Memorandum on the prevention of leprosy by segregation of the affected
Disease focus: Leprosy
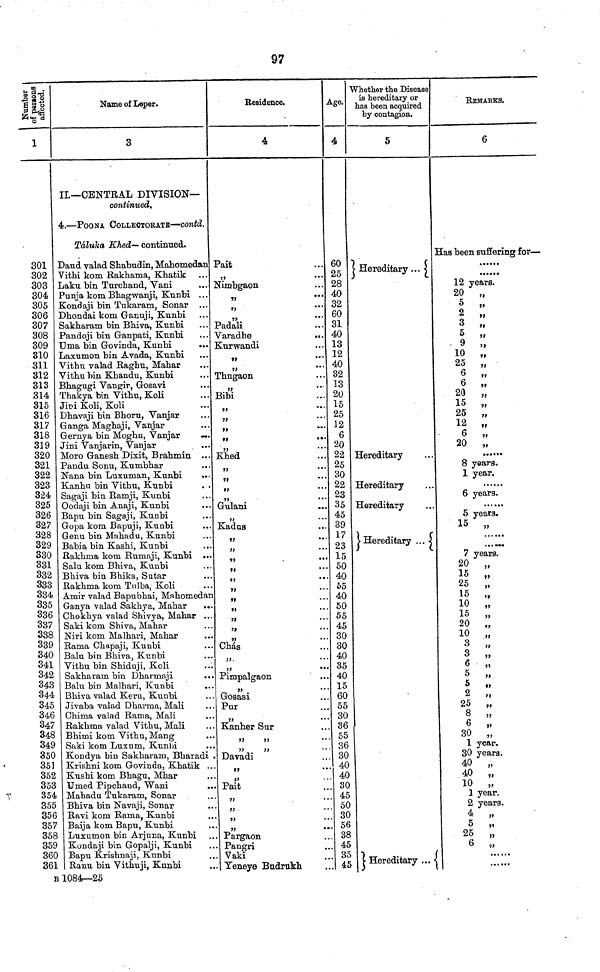
97
Number of persons affected.
1
301
302
303
304
305
306
307
308
309
310
311
312
313
314
315
316
317
318
319
320
321
322
323
324
325
326
327
328
329
330
331
332
333
334
335
336
337
338
339
340
341
342
343
344
345
346
347
348
349
350
351
352
353
354
355
356
357
358
359
360
361
Name of Leper.
3
II.—CENTRAL DIVISION—
continued.
4.—POONA COLLECTORATE—contd.
Táluka Khed — continued.
Daud valad Shabudin, Mahomedan
Vithi kom Rakhama, Khatik
Laku bin Turchand, Vani
Punja kom Bhagwanji, Kunbi ...
Kondaji bin Tukaram, Sonar ...
Dhondai kom Ganuji, Kunbi
Sakharam bin Bhiva, Kunbi
Pandoji bin Ganpati, Kunbi
Uma bin Govinda, Kunbi
Laxumon bin Avada, Kunbi
Vithu valad Raghu, Mahar
Vithu bin Khandu, Kunbi
Bhagugi Vangir, Gosavi
Thakya bin Vithu, Koli
Jini Koli, Koli
Dhavaji bin Bhoru, Vanjar
Ganga Maghaji, Vanjar
Gernya bin Moghu, Vanjar
Jini Vanjarin, Vanjar
Moro Ganesh Dixit, Brahmin ...
Pandu Sonu, Kumbhar
Nana bin Luxuman, Kunbi
Kanhu bin Vithu, Kunbi
. .
Sagaji bin Ramji, Kunbi
Oodaji bin Anaji, Kunbi
Bapu bin Sagaji, Kunbi
Gopa kom Bapuji, Kunbi
Genu bin Mahadu, Kunbi
Babia bin Kashi, Kunbi
...
Raklima kom Rumaji, Kunbi ...
Salu kom Bhiva, Kunbi
Bhiva bin Bhika, Sutar
Rakhma kom Tulba, Koli
Amir valad Bapubhai, Mahomedan
Ganya valad Sakhya, Mahar
Chokhya valad Shivya, Mahar ...
Saki kom Shiva, Mahar
Niri kom Malhari, Mahar
Rama Chapaji, Kunbi
Balu bin Bhiva, Kunbi
Vithu bin Shiduji, Koli
Sakharam bin Dharmaji
Balu bin Malhari, Kunbi
Bhiva valad Keru, Kunbi
Jivaba valad Dharma, Mali
Chima valad Rama, Mali
Rakhma valad Vithu, Mali
Bhimi kom Vithu, Mang
Saki kom Luxum, Kunbi
Kondya bin Sakharam, Bharadi .
Krishni kom Govinda, Khatik ...
Kushi kom Bhagu, Mhar
Umed Pipchand, Wani
Mahadu Tukaram, Sonar
Bhiva bin Navaji, Sonar
Ravi kom Rama, Kunbi
Baija kom Bapu, Kunbi
Luxumon bin Arjuna, Kunbi
Kondaji bin Gopalji, Kunbi
Bapu Krishnaji, Kunbi
Ranu bin Vithuji, Kunbi
B 1084—25
Residence.
4
Pait
„
Nimbgaon
„
Padali
Varadhe
...
Kurwandi
„
Thugaon
Bibi
...
„
77
* * *
„
Khed
...
79
• • *
„
„
Gulani
Kadus
„
„
„
t7
• •
77
• •
„
Chás
„
Pimpalgaon
Gosasi
Pur
Kanher Sur
Davadi
„
Pait
„
„
77
• •
Pargaon
Pangri
Vaki
Y eneje Budrukh
Age.
4
60
25
28
40
32
60
31
40
13
12
40
32
13
20
15
25
12
6
20
22
25
30
22
23
35
45
39
17
23
15
50
40
55
40
50
55
45
30
30
40
35
40
15
60
55
30
36
55
36
30
40
40
30
45
50
30
56
38
45
35
45
Whether the Disease
is hereditary or
has been acquired
by contagion.
5
Hereditary
Hereditary
Hereditary
Hereditary
Hereditary
Hereditary
REMARKS.
6
Has been suffering for—
......
••••••
12 years.
20 „
5 „
2 „
3 „
5 „
9
„
10 „
25
„
6
„
6
„
20 „
15 „
25 „
12 „
6 „
20 „
8 years.
1 year.
6 years.
5 years.
15 „
7 years.
20
7)
15
25
„
15 „
10 „
15 „
20 „
10
,.
3 „
3 „
5 „
5
„
2
,,
25 „
8 „
6 „
30 „
1 year.
30 years.
40 „
40 „
10 „
1 year.
2 years.
4 „
5
„
25
„
6
„
......